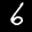
Digit: 6